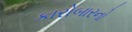
કારોબારનો